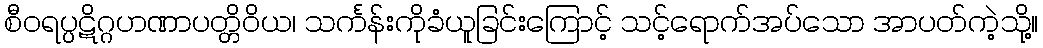
စီဝရပ္ပဋိဂ္ဂဟဏာပတ္တိဝိယ၊ သင်္ကန်းကိုခံယူခြင်းကြောင့် သင့်ရောက်အပ်သော အာပတ်ကဲ့သို့။